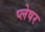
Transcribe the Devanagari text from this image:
प्लेषर